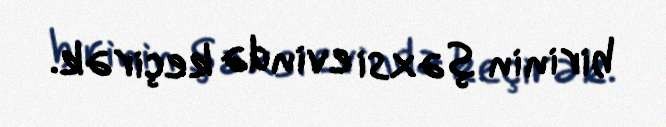
birinin şəxsi evində keçirək.